Rangoon Lunatic Asylum 1893-1897 - 1893-1897
Year: 1893
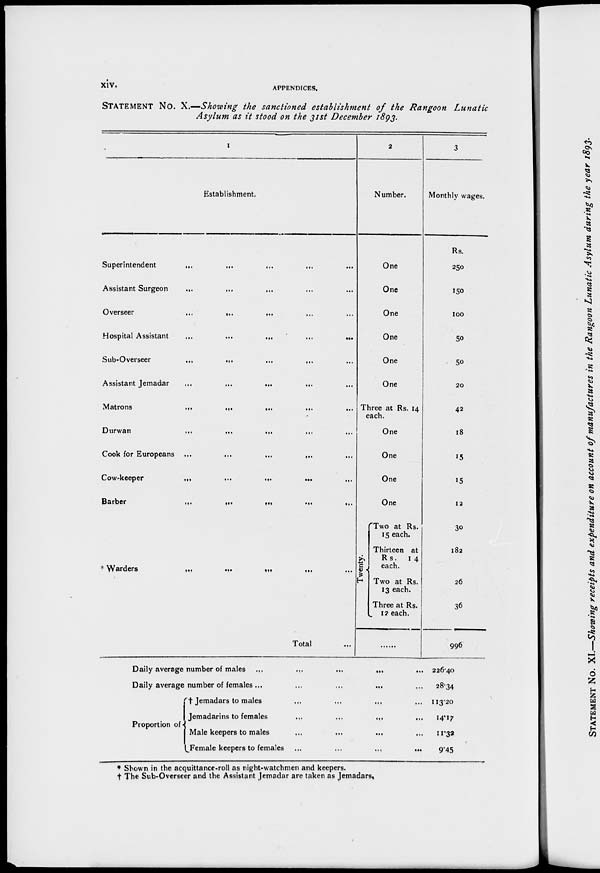
xiv.
APPENDICES.
STATEMENT No. X.—Showing the sanctioned establishment
of the Rangoon
Lunatic
Asylum as it stood on the 31st December 1893.
1
Establishment.
Superintendent
...
...
... ... ...
Assistant Surgeon
... ... ... ... ...
Overseer
...
...
... ... ...
Hospital Assistant
...
...
...
...
...
Sub-Overseer
...
...
...
... ...
Assistant Jemadar
...
...
...
... ...
Matrons
...
...
...
... ...
Durwan
...
...
...
...
...
Cook for Europeans ...
...
...
... ...
Cow-keeper
...
...
...
...
...
Barber
...
...
...
...
...
* Warders
...
...
...
... ...
Total ...
2
Number.
One
One
One
One
One
One
Three at Rs. 14
each.
One
One
One
One
Twenty.
Two at Rs.
15 each.
Thirteen at
Rs.
14
each.
Two at Rs.
13 each.
Three at Rs.
12 each.
......
Daily average number of males ...
...
...
...
...
Daily average number of females ...
...
...
...
...
Proportion of
† Jemadars to males
...
...
... ...
Jemadarins to females
...
...
...
...
Male keepers to males
...
...
...
...
Female keepers to females ...
...
...
...
3
Monthly wages.
Rs.
250
150
100
50
50
20
42
18
15
15
12
30
182
26
36
996
226.40
28.34
113.20
14.17
11.32
9.45
* Shown in the acquittance-roll as night-watchmen and keepers.
† The Sub-Overseer and the Assistant Jemadar are taken as Jemadars,